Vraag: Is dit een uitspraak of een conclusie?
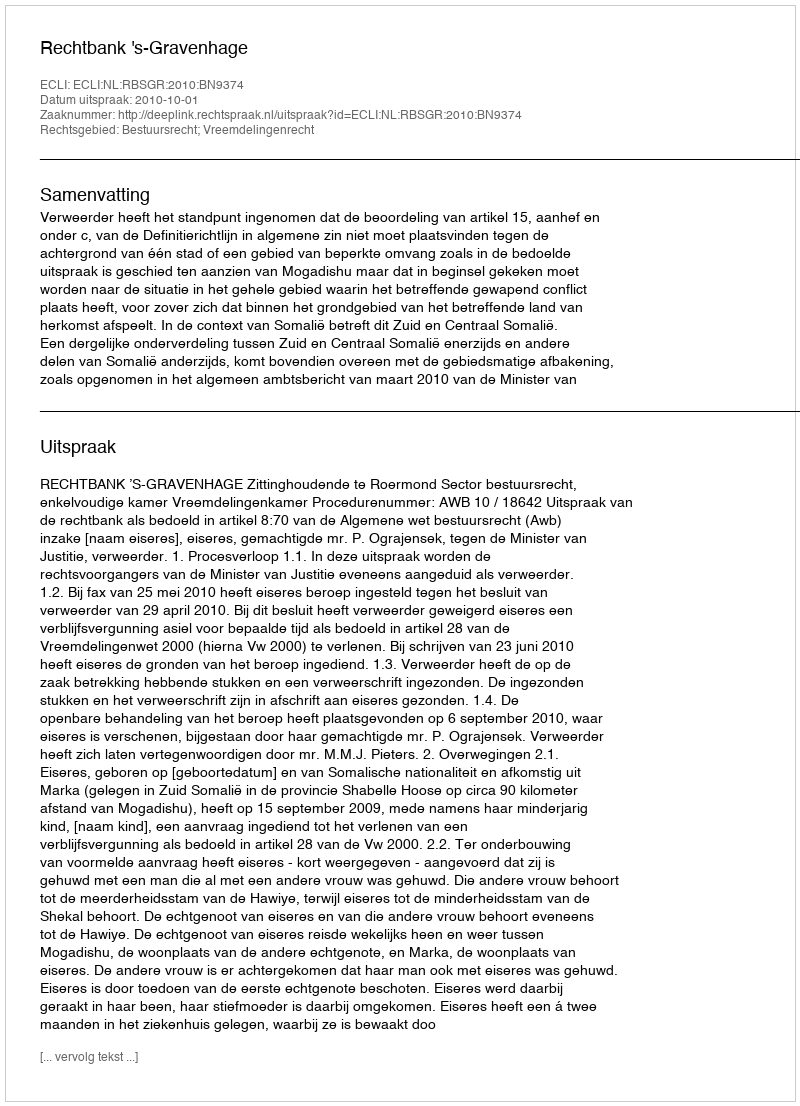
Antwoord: Uitspraak